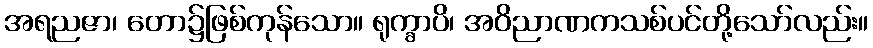
အရညဇာ၊ တော၌ဖြစ်ကုန်သော။ ရုက္ခာပိ၊ အဝိညာဏကသစ်ပင်တို့သော်လည်း။